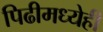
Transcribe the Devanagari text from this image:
पिढीमध्येही